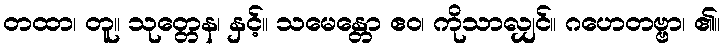
တထာ၊ တူ။ သုတ္တေန၊ နှင့်။ သမေန္တော ဧဝ၊ ကိုသာလျှင်။ ဂဟေတဗ္ဗာ၊ ၏။